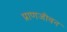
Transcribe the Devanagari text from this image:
प्राणजीवन